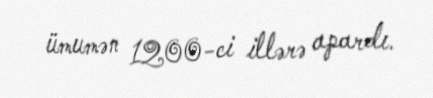
ümumən 1200-ci illərə apardı.